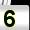
Digit: 5